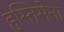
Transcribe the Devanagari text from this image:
हस्तिसेना